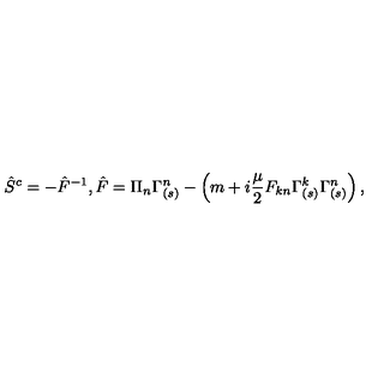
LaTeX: \hat { S } ^ { c } = - \hat { F } ^ { - 1 } , \hat { F } = \Pi _ { n } \Gamma _ { ( s ) } ^ { n } - \left( m + i \frac { \mu } { 2 } F _ { k n } \Gamma _ { ( s ) } ^ { k } \Gamma _ { ( s ) } ^ { n } \right) ,